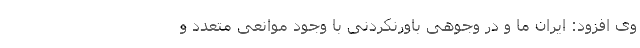
وی افزود: ایرانِ ما و در وجوهی باورنکردنی با وجود موانعی متعدد و